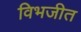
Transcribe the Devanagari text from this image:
विभजीत